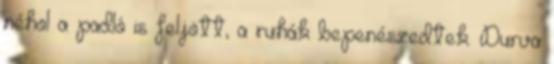
néhol a padló is feljött, a ruhák bepenészedtek. Durva